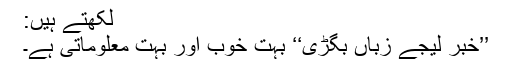
لکھتے ہیں:
’’خبر لیجے زباں بگڑی‘‘ بہت خوب اور بہت معلوماتی ہے۔